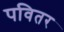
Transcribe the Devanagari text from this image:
पवितर